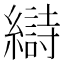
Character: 𫄋